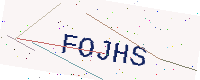
Text: FOJHS